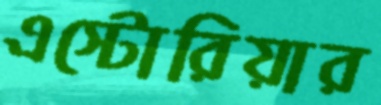
এস্টোরিয়ার